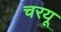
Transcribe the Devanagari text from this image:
चरयू